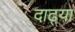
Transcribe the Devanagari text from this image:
दाढ्या